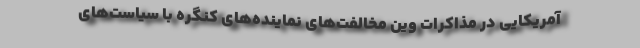
آمریکایی در مذاکرات وین مخالفت‌های نماینده‌های کنگره با سیاست‌های